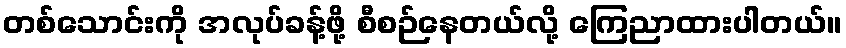
တစ်သောင်းကို အလုပ်ခန့်ဖို့ စီစဉ်နေတယ်လို့ ကြေညာထားပါတယ်။